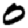
Digit: 0